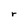
Character: r